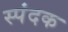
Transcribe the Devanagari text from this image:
स्पंदक